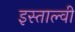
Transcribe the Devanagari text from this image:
इस्ताल्वी